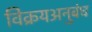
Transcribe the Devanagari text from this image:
विक्रयअनुबंध